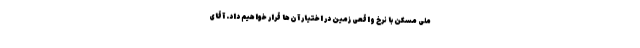
ملی مسکن با نرخ واقعی زمین در اختیار آن‌ها قرار خواهیم داد. آقای